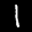
Label: 1